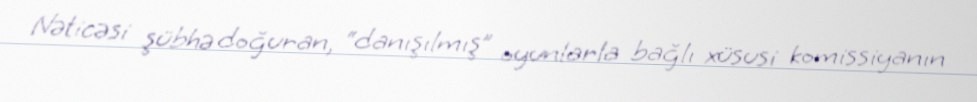
Nəticəsi şübhə doğuran, “danışılmış” oyunlarla bağlı xüsusi komissiyanın